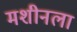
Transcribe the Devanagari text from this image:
मशीनला